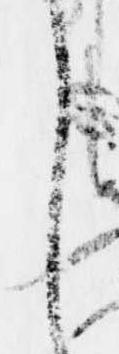
し